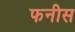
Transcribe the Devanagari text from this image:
फनीस